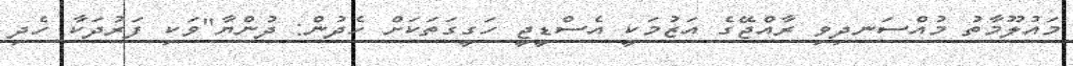
މައުލޫމާތު މުއްސަނދިވި ރާއްޖޭގެ އަޒުމަކީ އެސްޑީޖީ ހަގީގަތަކަށް ހެދުން: ދުންޔާ"ވަކި ފަރުދަކާ ހެދި